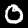
Digit: 0